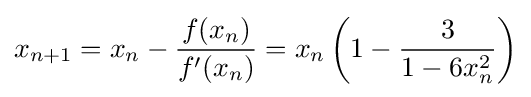
x_{n+1}=x_{n}-{\frac {f(x_{n})}{f'(x_{n})}}=x_{n}\left(1-{\frac {3}{1-6x_{n}^{2}}}\right)